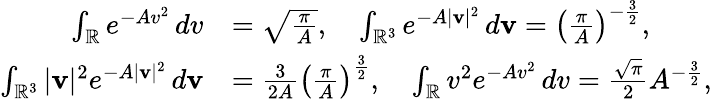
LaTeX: \begin{array}{rl}{\int_{\mathbb{R}}e^{-Av^{2}}\, dv}&{=\sqrt{\frac{\pi}{A}},\quad\int_{\mathbb{R}^{3}}e^{-A|\mathbf{v}|^{2}}\, d\mathbf{v}=\left(\frac{\pi}{A}\right)^{-\frac{3}{2}},}\\ {\int_{\mathbb{R}^{3}}|\mathbf{v}|^{2}e^{-A|\mathbf{v}|^{2}}\, d\mathbf{v}}&{=\frac{3}{2A}\left(\frac{\pi}{A}\right)^{\frac{3}{2}},\quad\int_{\mathbb{R}}v^{2}e^{-Av^{2}}\, dv=\frac{\sqrt{\pi}}{2}A^{-\frac{3}{2}},}\end{array}